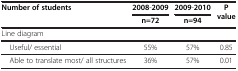
| Number of students | 2008-2009 | 2009-2010 | <ROWSPAN=2> P value |
 |  | n=72 | n=94 |
 | --- | --- | --- | --- |
 | Line diagram |  |  |  |
 | Useful/ essential | 55% | 57% | 0.85 |
 | Able to translate most/ all structures | 36% | 57% | 0.01 |